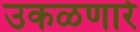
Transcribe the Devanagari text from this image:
उकळणारे